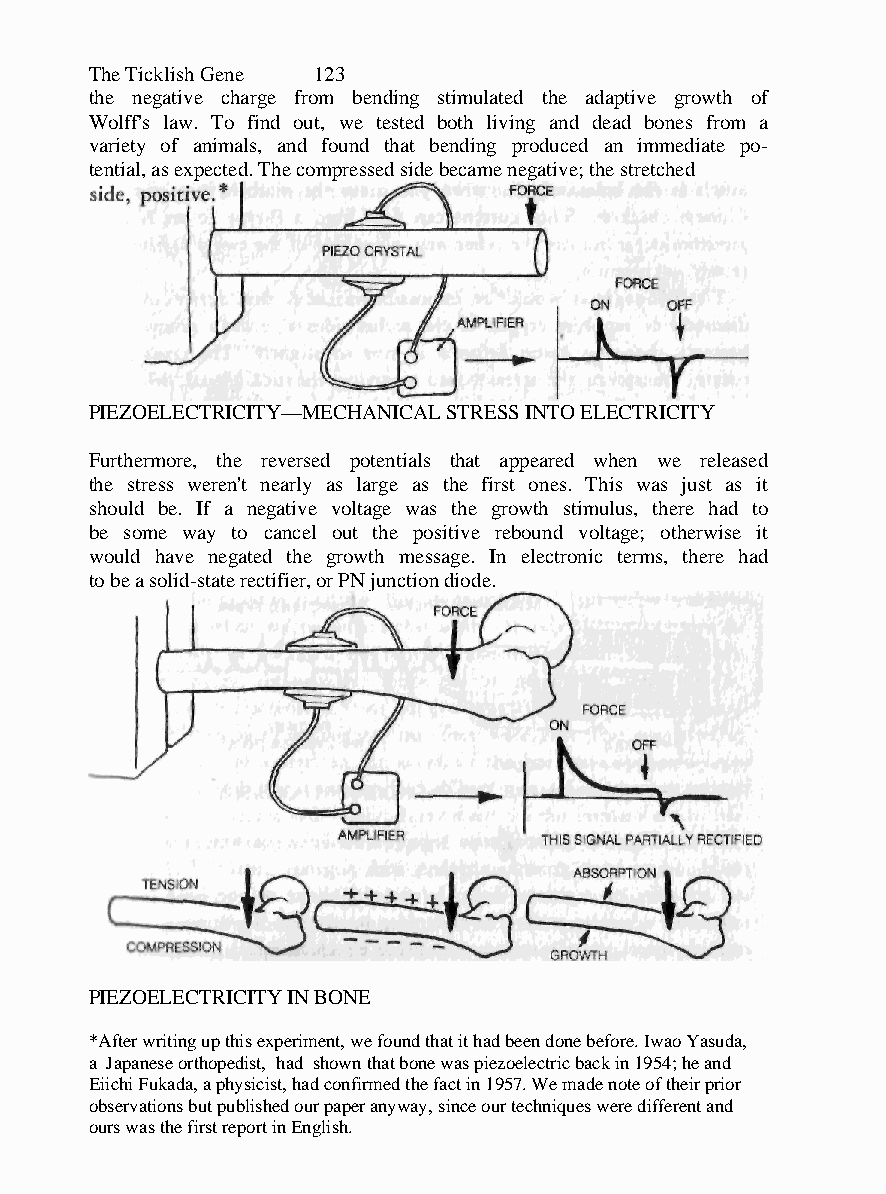
The Ticklish Gene 123
 the negative charge from bending stimulated the adaptive growth of
 Wolff's law. To find out, we tested both living and dead bones from a
 variety of animals, and found that bending produced an immediate po-
 tential, as expected. The compressed side became negative; the stretched
 PIEZOELECTRICITY—MECHANICAL STRESS INTO ELECTRICITY
 Furthermore, the reversed potentials that appeared when we released
 the stress weren't nearly as large as the first ones. This was just as it
 should be. If a negative voltage was the growth stimulus, there had to
 be some way to cancel out the positive rebound voltage; otherwise it
 would have negated the growth message. In electronic terms, there had
 to be a solid-state rectifier, or PN junction diode.
 PIEZOELECTRICITY IN BONE
 *After writing up this experiment, we found that it had been done before. Iwao Yasuda,
 a Japanese orthopedist, had shown that bone was piezoelectric back in 1954; he and
 Eiichi Fukada, a physicist, had confirmed the fact in 1957. We made note of their prior
 observations but published our paper anyway, since our techniques were different and
 ours was the first report in English.